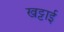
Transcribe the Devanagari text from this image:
खट्टाई